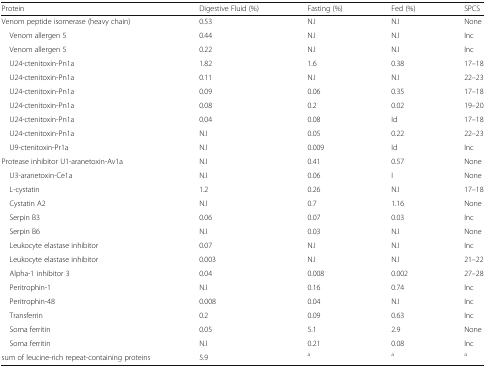
<table><thead><tr><td><b>Protein</b></td><td><b>Digestive Fluid (%)</b></td><td><b>Fasting (%)</b></td><td><b>Fed (%)</b></td><td><b>SPCS</b></td></tr></thead><tbody><tr><td>Venom peptide isomerase (heavy chain)</td><td>0.53</td><td>N.I</td><td>N.I</td><td>None</td></tr><tr><td> Venom allergen 5</td><td>0.44</td><td>N.I</td><td>N.I</td><td>Inc</td></tr><tr><td> Venom allergen 5</td><td>0.22</td><td>N.I</td><td>N.I</td><td>Inc</td></tr><tr><td> U24-ctenitoxin-Pn1a</td><td>1.82</td><td>1.6</td><td>0.38</td><td>17–18</td></tr><tr><td> U24-ctenitoxin-Pn1a</td><td>0.11</td><td>N.I</td><td>N.I</td><td>22–23</td></tr><tr><td> U24-ctenitoxin-Pn1a</td><td>0.09</td><td>0.06</td><td>0.35</td><td>17–18</td></tr><tr><td> U24-ctenitoxin-Pn1a</td><td>0.08</td><td>0.2</td><td>0.02</td><td>19–20</td></tr><tr><td> U24-ctenitoxin-Pn1a</td><td>0.04</td><td>0.08</td><td>Id</td><td>17–18</td></tr><tr><td> U24-ctenitoxin-Pn1a</td><td>N.I</td><td>0.05</td><td>0.22</td><td>22–23</td></tr><tr><td> U9-ctenitoxin-Pr1a</td><td>N.I</td><td>0.009</td><td>Id</td><td>Inc</td></tr><tr><td>Protease inhibitor U1-aranetoxin-Av1a</td><td>N.I</td><td>0.41</td><td>0.57</td><td>None</td></tr><tr><td> U3-aranetoxin-Ce1a</td><td>N.I</td><td>0.06</td><td>I</td><td>None</td></tr><tr><td> L-cystatin</td><td>1.2</td><td>0.26</td><td>N.I</td><td>17–18</td></tr><tr><td> Cystatin A2</td><td>N.I</td><td>0.7</td><td>1.16</td><td>None</td></tr><tr><td> Serpin B3</td><td>0.06</td><td>0.07</td><td>0.03</td><td>Inc</td></tr><tr><td> Serpin B6</td><td>N.I</td><td>0.03</td><td>N.I</td><td>None</td></tr><tr><td> Leukocyte elastase inhibitor</td><td>0.07</td><td>N.I</td><td>N.I</td><td>Inc</td></tr><tr><td> Leukocyte elastase inhibitor</td><td>0.003</td><td>N.I</td><td>N.I</td><td>21–22</td></tr><tr><td> Alpha-1 inhibitor 3</td><td>0.04</td><td>0.008</td><td>0.002</td><td>27–28</td></tr><tr><td> Peritrophin-1</td><td>N.I</td><td>0.16</td><td>0.74</td><td>Inc</td></tr><tr><td> Peritrophin-48</td><td>0.008</td><td>0.04</td><td>N.I</td><td>Inc</td></tr><tr><td> Transferrin</td><td>0.2</td><td>0.09</td><td>0.63</td><td>Inc</td></tr><tr><td> Soma ferritin</td><td>0.05</td><td>5.1</td><td>2.9</td><td>None</td></tr><tr><td> Soma ferritin</td><td>N.I</td><td>0.21</td><td>0.08</td><td>Inc</td></tr><tr><td>sum of leucine-rich repeat-containing proteins</td><td>5.9</td><td><sup>a</sup></td><td><sup>a</sup></td><td><sup>a</sup></td></tr></tbody></table>